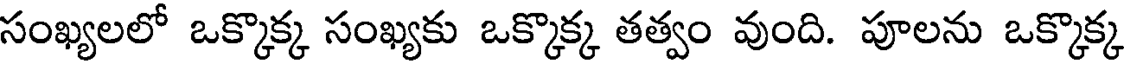
సంఖ్యలలో ఒక్కొక్క సంఖ్యకు ఒక్కొక్క తత్వం వుంది. పూలను ఒక్కొక్క